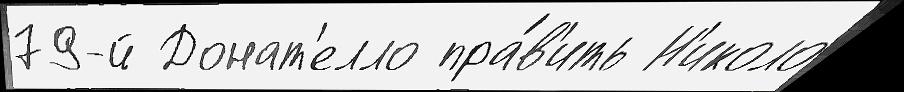
79-й Донат'елло пра́в'ить Н'иколо